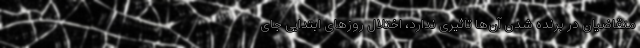
متقاضیان در برنده شدن آن‌ها تاثیری ندارد، اختلال‌ روزهای ابتدایی جای